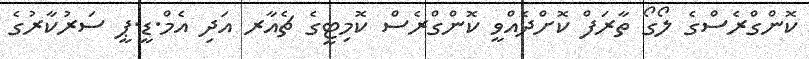
ކޮންގްރެސްގެ ލޯގޯ ތާރަފް ކޮށްދެއްވީ ކޮންގްރެސް ކޮމިޓީގެ ޗެއާރ އަދި އެމް.ޑީ.ޕީ ސަރުކާރުގެ